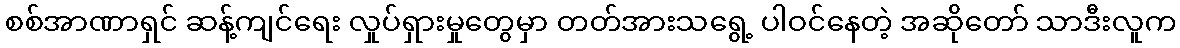
စစ်အာဏာရှင် ဆန့်ကျင်ရေး လှုပ်ရှားမှုတွေမှာ တတ်အားသရွေ့ ပါဝင်နေတဲ့ အဆိုတော် သာဒီးလူက